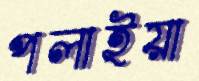
পলাইয়া